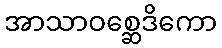
အာသာဝစ္ဆေဒိကော